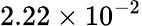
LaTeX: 2.22\times 10^{-2}